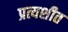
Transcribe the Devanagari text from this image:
प्रत्यशीत